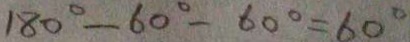
1 8 0 ^ { \circ } - 6 0 ^ { \circ } - 6 0 ^ { \circ } = 6 0 ^ { \circ }